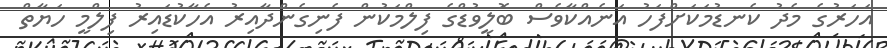
އަހަރުގެ މެދު ކެނޑުމަކަށްފަހު އަނެއްކާވެސް ބޮލީވުޑްގެ ފިލްމަކުން ފެނިގެންދާއިރު އެހާކުޑައިރު ފިލްމީ ހަޔާތް